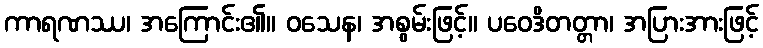
ကာရဏဿ၊ အကြောင်း၏။ ဝသေန၊ အစွမ်းဖြင့်။ ပဝေဒိတတ္တာ၊ အပြားအားဖြင့်